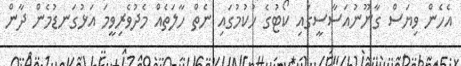
އެހެން ވިޔަސް ގާނޫނުއަސާސީގައި ކޯޓުގެ ހުކުމުގައި ނެތް ހާލަތެއް މެދުވެރިވީމަ އަޅުގަނޑުމެން ދާން